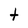
Character: t